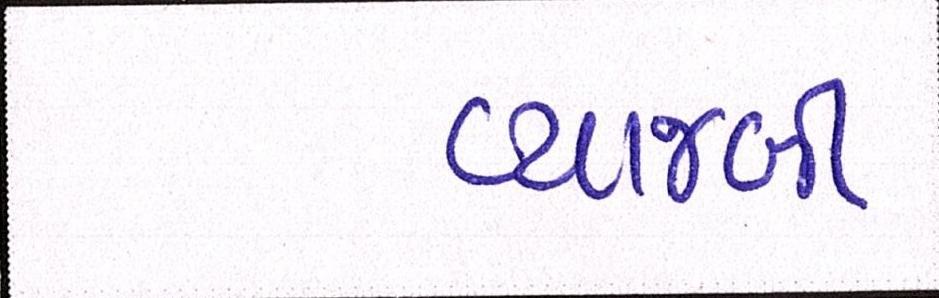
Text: વ્યાજબી